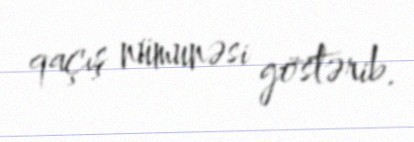
qaçış nümunəsi göstərib.